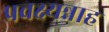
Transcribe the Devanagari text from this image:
प्रवक्ष्यन्नाह